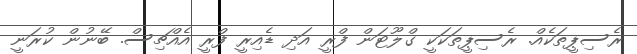
ރެސިޕީތަކެއް. ރެސިޕީތަކަކީ ގްލޫޓަން ފްރީ އަދި ޑެއިރީ ފްރީ އެއްޗިސް. ބޭނުން ކުރަނީ